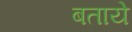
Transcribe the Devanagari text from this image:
बतायेे